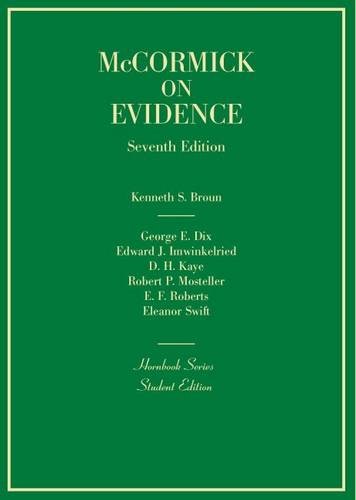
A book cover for Evidence (Hornbook); Kenneth Broun; Law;